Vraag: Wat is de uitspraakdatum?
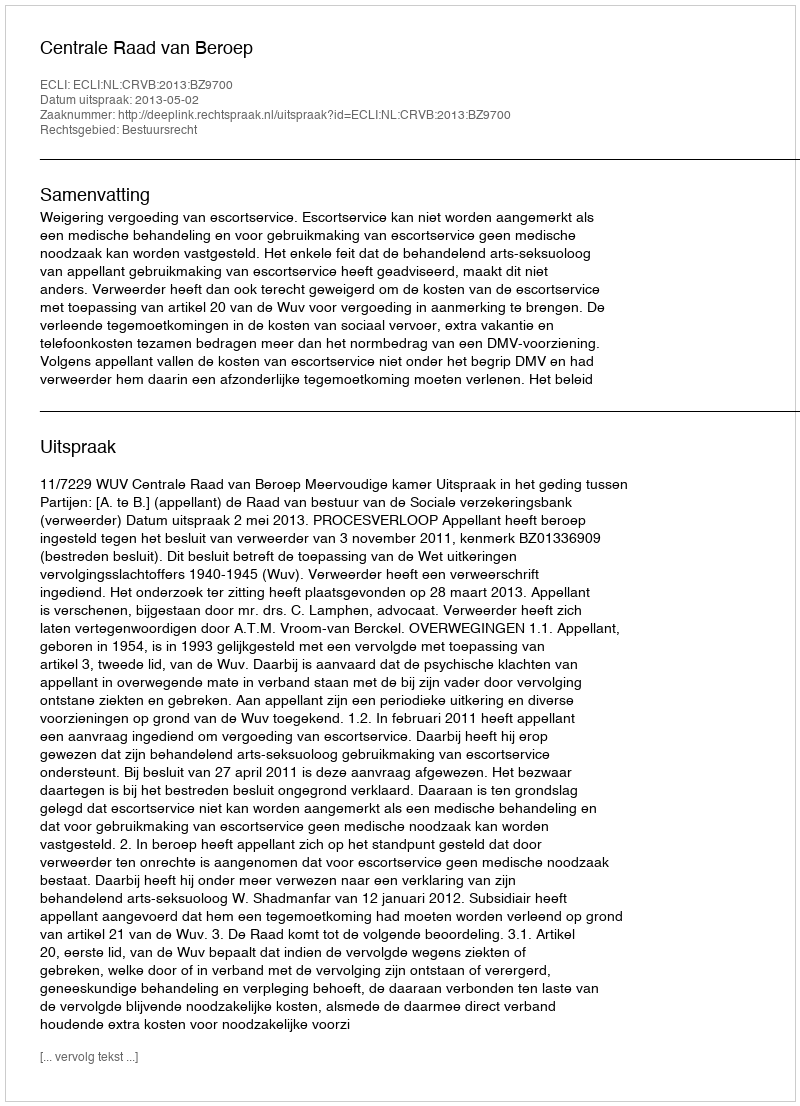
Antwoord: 2013-05-02